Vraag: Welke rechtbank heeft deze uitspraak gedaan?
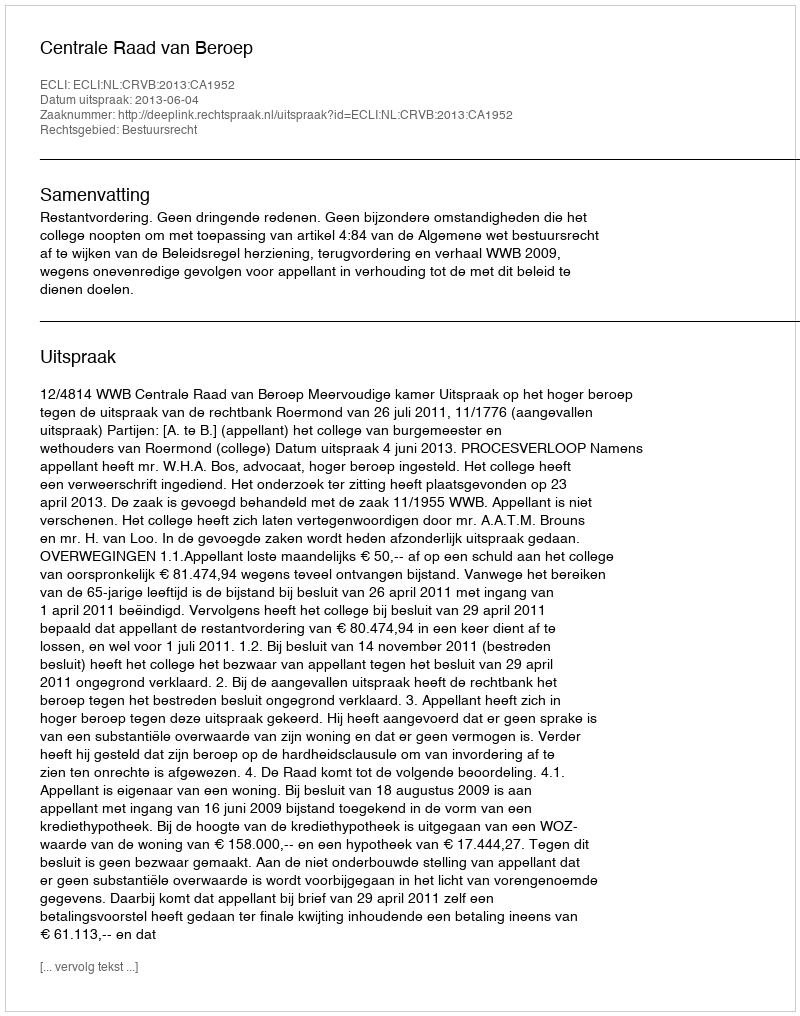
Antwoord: Centrale Raad van Beroep